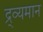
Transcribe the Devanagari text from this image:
द्र्व्यमान